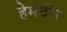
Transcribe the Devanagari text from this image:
हेमंदीर